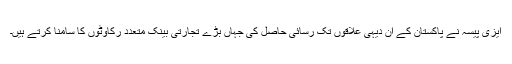
ایزی پیسہ نے پاکستان کے ان دیہی علاقوں تک رسائی حاصل کی جہاں بڑے تجارتی بینک متعدد رکاوٹوں کا سامنا کرتے ہیں۔